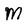
Character: M